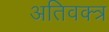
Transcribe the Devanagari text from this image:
अतिवक्त्र